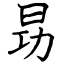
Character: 昮